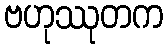
ဗဟုဿုတက